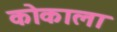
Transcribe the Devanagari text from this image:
कोकाला